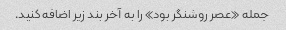
جمله «عصر روشنگر بود» را به آخر بند زیر اضافه کنید.